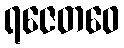
ရဇေတဝေ